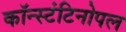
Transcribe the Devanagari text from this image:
कॉन्स्टंटिनोपल